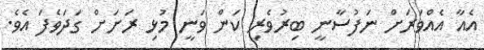
އެއާ އެއްވަރަށް ނަފުސާނީ ބިރުވެރި ކަން ވަނީ މުޅި ރަށަށް ގަދަވެފަ އެވެ.